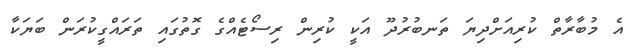
އެ މުބާރާތް ކުރިއަށްދިޔަ ތަނބުރުދޫ އަކީ ކުރިން ރިސޯޓެއްގެ ގޮތުގައި ތަރައްގީކުރަން ބަޔަކާ